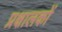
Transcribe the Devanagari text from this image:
प्रक्षालकों